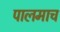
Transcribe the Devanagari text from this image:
पालमाच